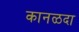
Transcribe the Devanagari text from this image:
कानळदा